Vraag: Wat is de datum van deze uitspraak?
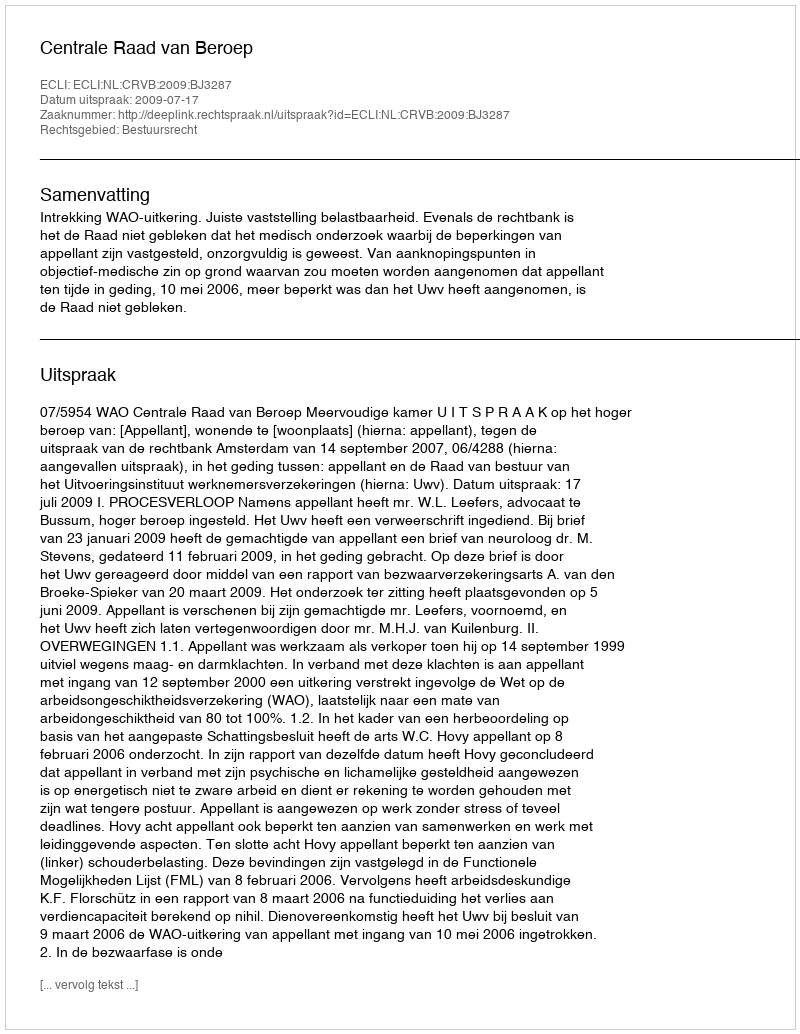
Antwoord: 2009-07-17